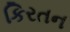
કિરતન